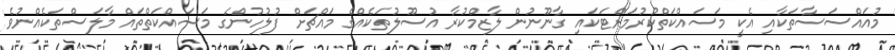
މުއައްސަސާތަކާއި އެކީ މަސައްކަތްކުރުމަށްޓަކައި ގާނޫނުން ލާޒިމްކުރާ އުސޫލުތަކެއްގެ މައްޗަށް ފުލުހުންގެ މަސައްކަތްތައް މާލަސްތަކެއްނުވެ